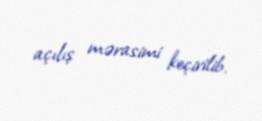
açılış mərasimi keçirilib.